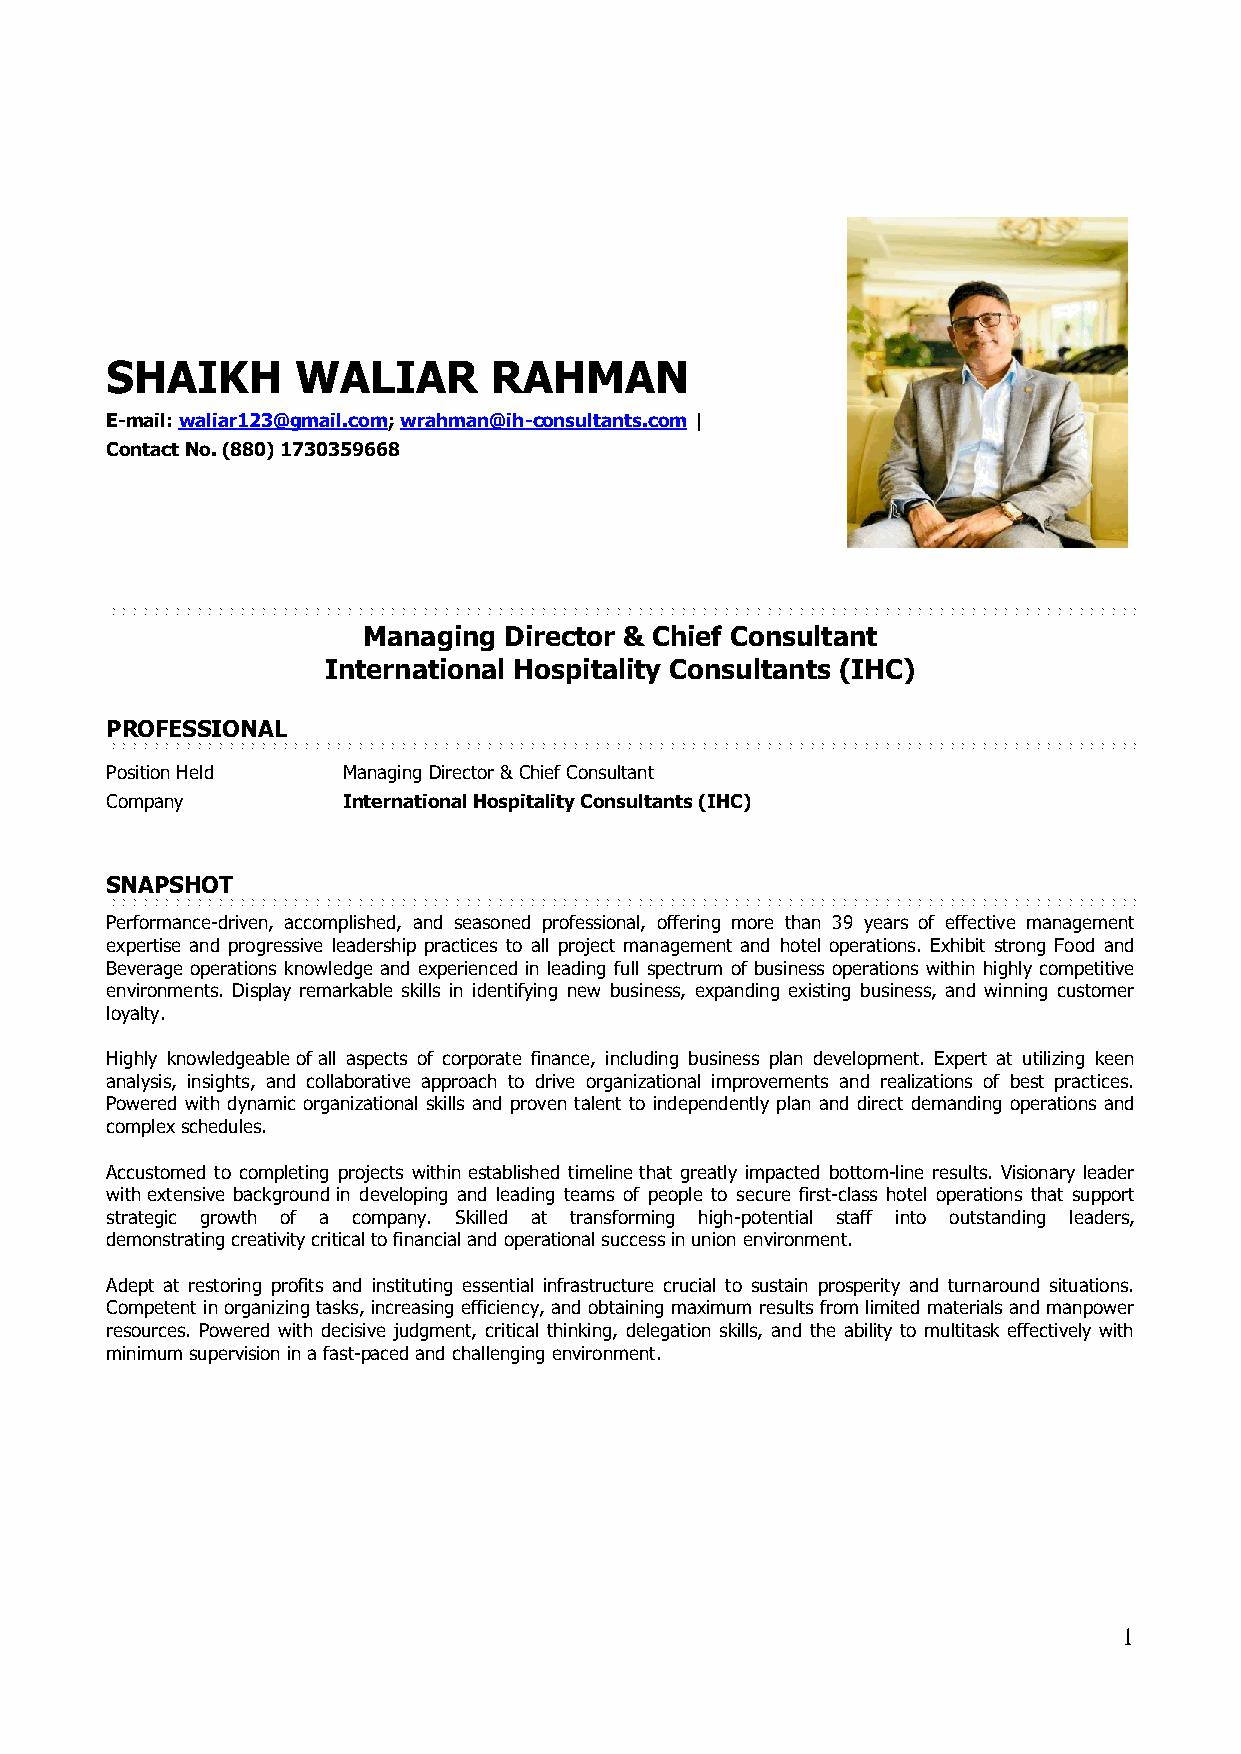
SHAIKH       WALIAR       RAHMAN
 E-mail: waliar123@gmail.com; wrahman@ih-consultants.com |
 Contact No. (880) 1730359668
 Managing Director & Chief Consultant
 International Hospitality Consultants (IHC)
 PROFESSIONAL
 Position Held   Managing Director & Chief Consultant
 Company         International Hospitality Consultants (IHC)
 SNAPSHOT
 Performance-driven, accomplished, and seasoned professional, offering more than 39 years of effective management
 expertise and progressive leadership practices to all project management and hotel operations. Exhibit strong Food and
 Beverage operations knowledge and experienced in leading full spectrum of business operations within highly competitive
 environments. Display remarkable skills in identifying new business, expanding existing business, and winning customer
 loyalty.
 Highly knowledgeable of all aspects of corporate finance, including business plan development. Expert at utilizing keen
 analysis, insights, and collaborative approach to drive organizational improvements and realizations of best practices.
 Powered with dynamic organizational skills and proven talent to independently plan and direct demanding operations and
 complex schedules.
 Accustomed to completing projects within established timeline that greatly impacted bottom-line results. Visionary leader
 with extensive background in developing and leading teams of people to secure first-class hotel operations that support
 strategic growth of a company. Skilled at transforming high-potential staff into outstanding leaders,
 demonstrating creativity critical to financial and operational success in union environment.
 Adept at restoring profits and instituting essential infrastructure crucial to sustain prosperity and turnaround situations.
 Competent in organizing tasks, increasing efficiency, and obtaining maximum results from limited materials and manpower
 resources. Powered with decisive judgment, critical thinking, delegation skills, and the ability to multitask effectively with
 minimum supervision in a fast-paced and challenging environment.
 1